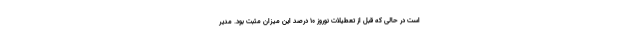
است در حالی که قبل از تعطیلات نوروز ۱۰ درصد این میزان مثبت بود. مدیر